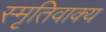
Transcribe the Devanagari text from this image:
स्मृतिवाक्य